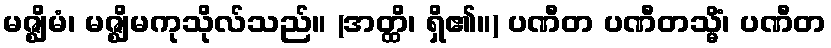
မဇ္ဈိမံ၊ မဇ္ဈိမကုသိုလ်သည်။ (အတ္ထိ၊ ရှိ၏။) ပဏီတ ပဏီတသ္မိံ၊ ပဏီတ